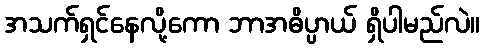
အသက်ရှင်နေလို့ကော ဘာအဓိပ္ပာယ် ရှိပါမည်လဲ။